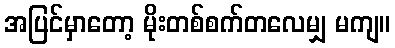
အပြင်မှာတော့ မိုးတစ်စက်တလေမျှ မကျ။